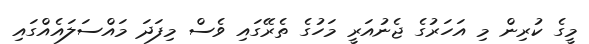
މީގެ ކުރިން މި އަހަރުގެ ޖެނުއަރީ މަހުގެ ތެރޭގައި ވެސް މިފަދަ މައްސަލައެއްގައި